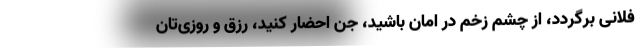
فلانی برگردد، از چشم زخم در امان باشید، جن احضار کنید، رزق و روزی‌تان